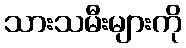
သားသမီးများကို